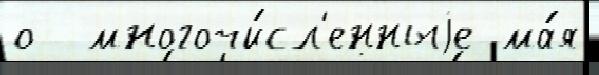
о  многочи́сл'енныjе ма́я